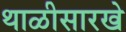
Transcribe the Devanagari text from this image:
थाळीसारखे